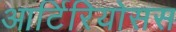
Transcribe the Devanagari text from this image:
आर्टिरियोसस